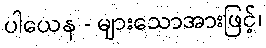
ပါယေန - များသောအားဖြင့်၊